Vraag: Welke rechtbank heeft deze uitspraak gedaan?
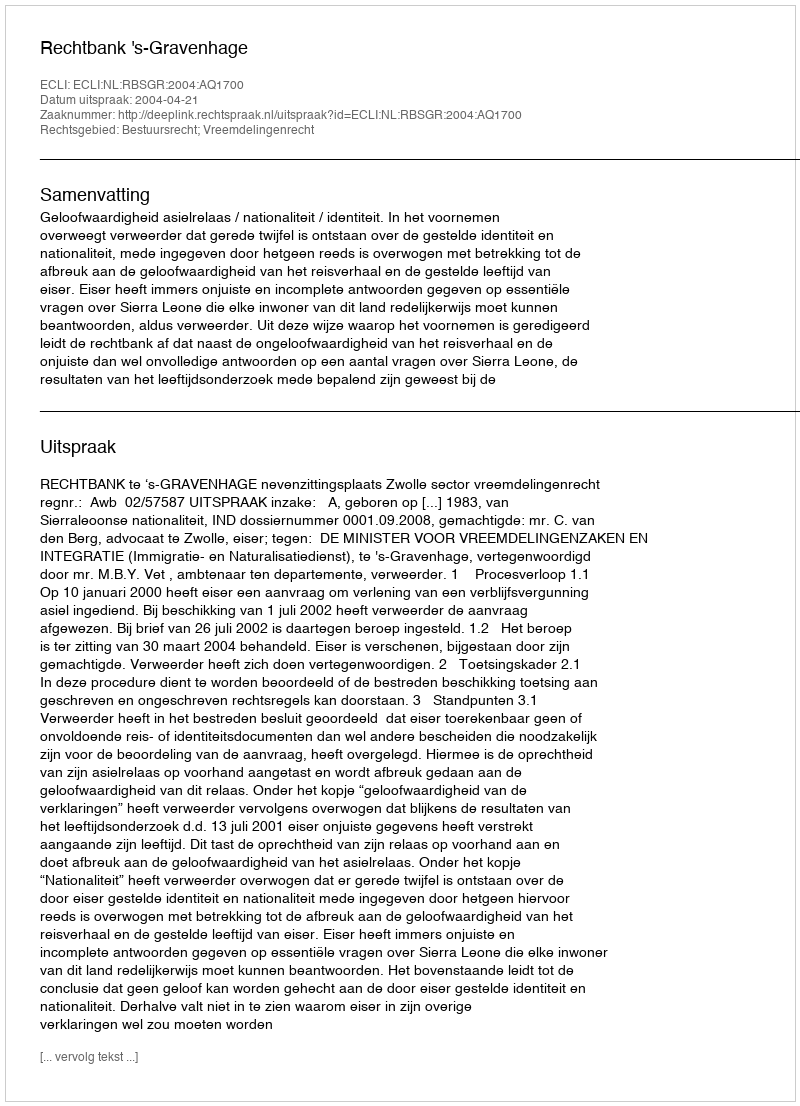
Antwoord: Rechtbank 's-Gravenhage